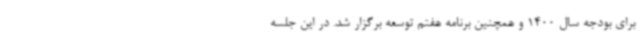
برای بودجه سال 1400 و همچنین برنامه هفتم توسعه برگزار شد. در این جلسه